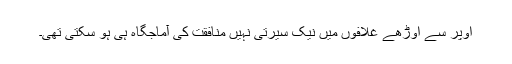
اوپر سے اوڑھے غلافوں میں نیک سیرتی نہیں منافقت کی آماجگاہ ہی ہو سکتی تھی۔